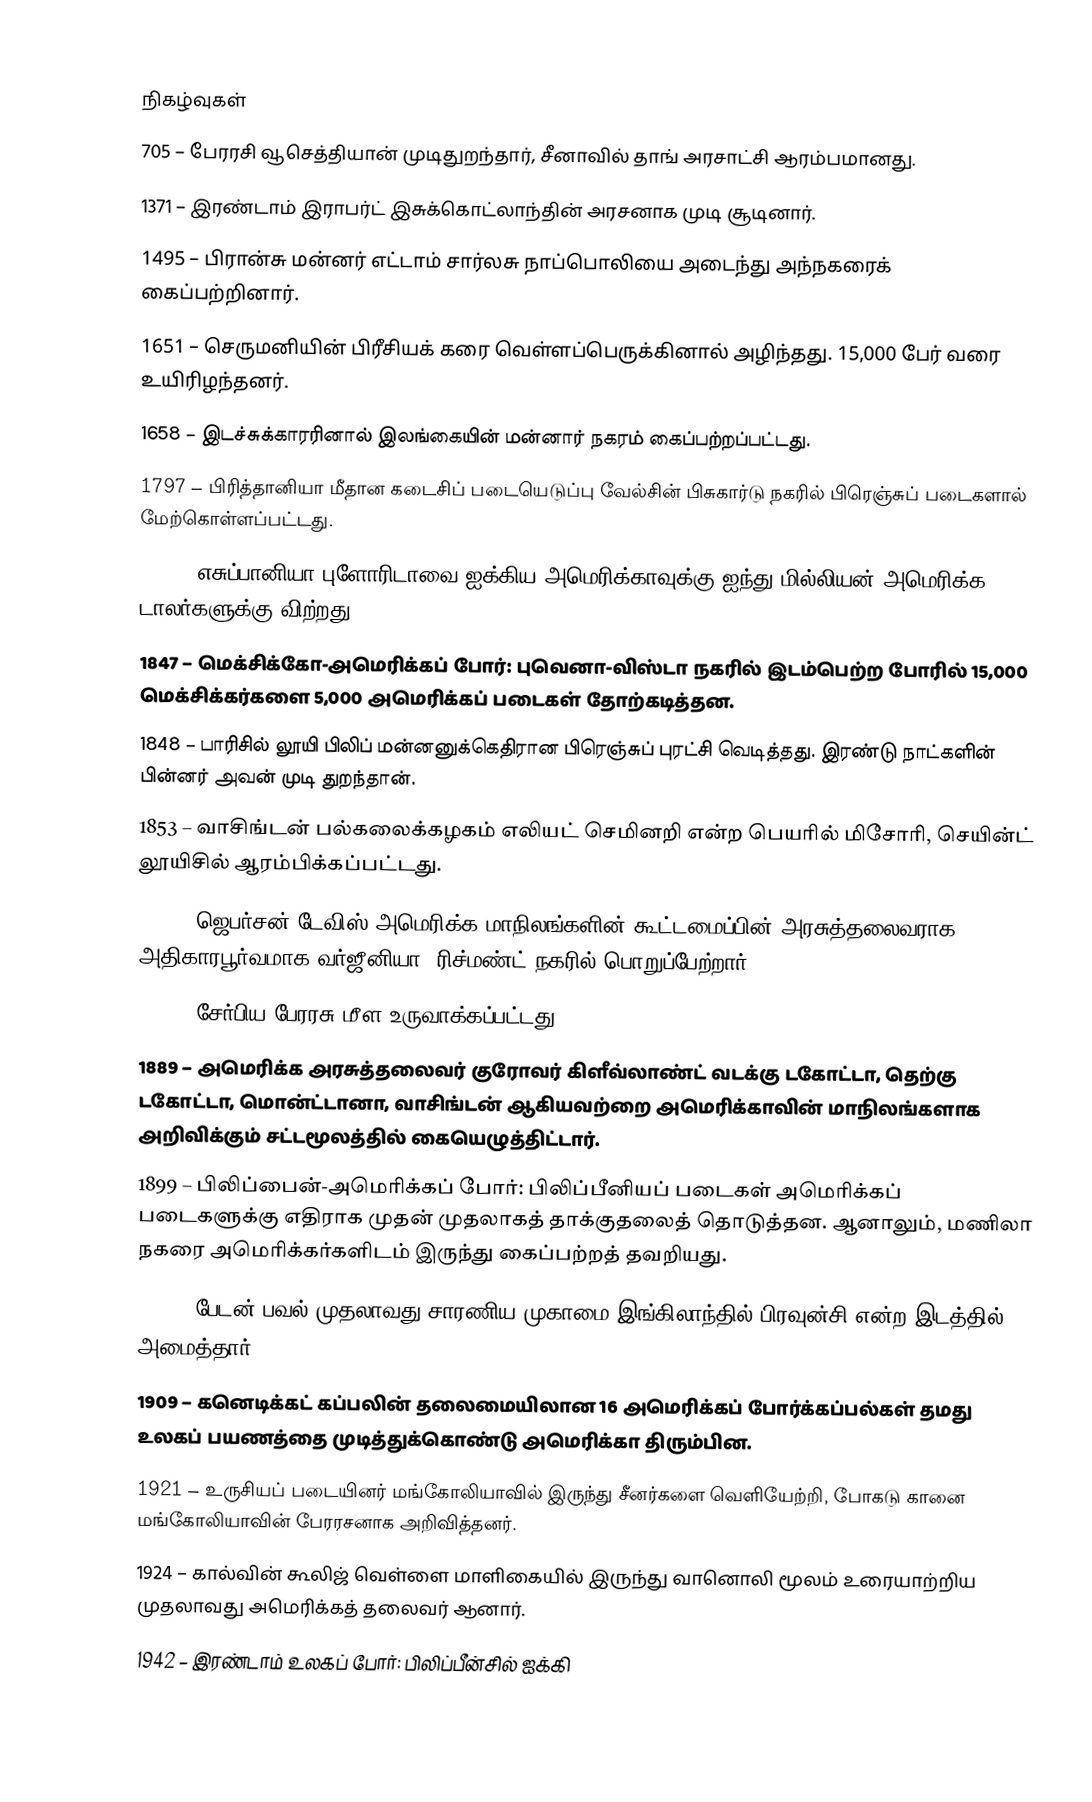

நிகழ்வுகள்
 705 – பேரரசி வூசெத்தியான் முடிதுறந்தார், சீனாவில் தாங் அரசாட்சி ஆரம்பமானது.
1371 – இரண்டாம் இராபர்ட் இசுக்கொட்லாந்தின் அரசனாக முடி சூடினார்.
1495 – பிரான்சு மன்னர் எட்டாம் சார்லசு நாப்பொலியை அடைந்து அந்நகரைக் கைப்பற்றினார்.
1651 – செருமனியின் பிரீசியக் கரை வெள்ளப்பெருக்கினால் அழிந்தது. 15,000 பேர் வரை உயிரிழந்தனர்.
1658 – இடச்சுக்காரரினால் இலங்கையின் மன்னார் நகரம் கைப்பற்றப்பட்டது.
1797 – பிரித்தானியா மீதான கடைசிப் படையெடுப்பு வேல்சின் பிசுகார்டு நகரில் பிரெஞ்சுப் படைகளால் மேற்கொள்ளப்பட்டது.
1819 – எசுப்பானியா புளோரிடாவை ஐக்கிய அமெரிக்காவுக்கு ஐந்து மில்லியன் அமெரிக்க டாலர்களுக்கு விற்றது.
1847 – மெக்சிக்கோ-அமெரிக்கப் போர்: புவெனா-விஸ்டா நகரில் இடம்பெற்ற போரில் 15,000 மெக்சிக்கர்களை 5,000 அமெரிக்கப் படைகள் தோற்கடித்தன.
1848 – பாரிசில் லூயி பிலிப் மன்னனுக்கெதிரான பிரெஞ்சுப் புரட்சி வெடித்தது. இரண்டு நாட்களின் பின்னர் அவன் முடி துறந்தான்.
1853 – வாசிங்டன் பல்கலைக்கழகம் எலியட் செமினறி என்ற பெயரில் மிசோரி, செயின்ட் லூயிசில் ஆரம்பிக்கப்பட்டது.
1862 – ஜெபர்சன் டேவிஸ் அமெரிக்க மாநிலங்களின் கூட்டமைப்பின் அரசுத்தலைவராக அதிகாரபூர்வமாக வர்ஜீனியா, ரிச்மண்ட் நகரில் பொறுப்பேற்றார்.
1882 – சேர்பிய பேரரசு மீள உருவாக்கப்பட்டது.
1889 – அமெரிக்க அரசுத்தலைவர் குரோவர் கிளீவ்லாண்ட் வடக்கு டகோட்டா, தெற்கு டகோட்டா, மொன்ட்டானா, வாசிங்டன் ஆகியவற்றை அமெரிக்காவின் மாநிலங்களாக அறிவிக்கும் சட்டமூலத்தில் கையெழுத்திட்டார்.
1899 – பிலிப்பைன்-அமெரிக்கப் போர்: பிலிப்பீனியப் படைகள் அமெரிக்கப் படைகளுக்கு எதிராக முதன் முதலாகத் தாக்குதலைத் தொடுத்தன. ஆனாலும், மணிலா நகரை அமெரிக்கர்களிடம் இருந்து கைப்பற்றத் தவறியது.
1907 – பேடன் பவல் முதலாவது சாரணிய முகாமை இங்கிலாந்தில் பிரவுன்சி என்ற இடத்தில் அமைத்தார்.
1909 – கனெடிக்கட் கப்பலின் தலைமையிலான 16 அமெரிக்கப் போர்க்கப்பல்கள் தமது உலகப் பயணத்தை முடித்துக்கொண்டு அமெரிக்கா திரும்பின.
1921 – உருசியப் படையினர் மங்கோலியாவில் இருந்து சீனர்களை வெளியேற்றி, போகடு கானை மங்கோலியாவின் பேரரசனாக அறிவித்தனர்.
1924 – கால்வின் கூலிஜ் வெள்ளை மாளிகையில் இருந்து வானொலி மூலம் உரையாற்றிய முதலாவது அமெரிக்கத் தலைவர் ஆனார்.
1942 – இரண்டாம் உலகப் போர்: பிலிப்பீன்சில் ஐக்கி